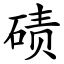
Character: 碛